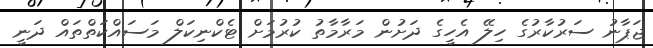
ޖަޕާނު ސަރުކާރުގެ ހިލޭ އެހީގެ ދަށުން މަރާމާތު ކުރުމަށް ޓެކްނިކަލް މަސައްކަތްތައް ދަނީ